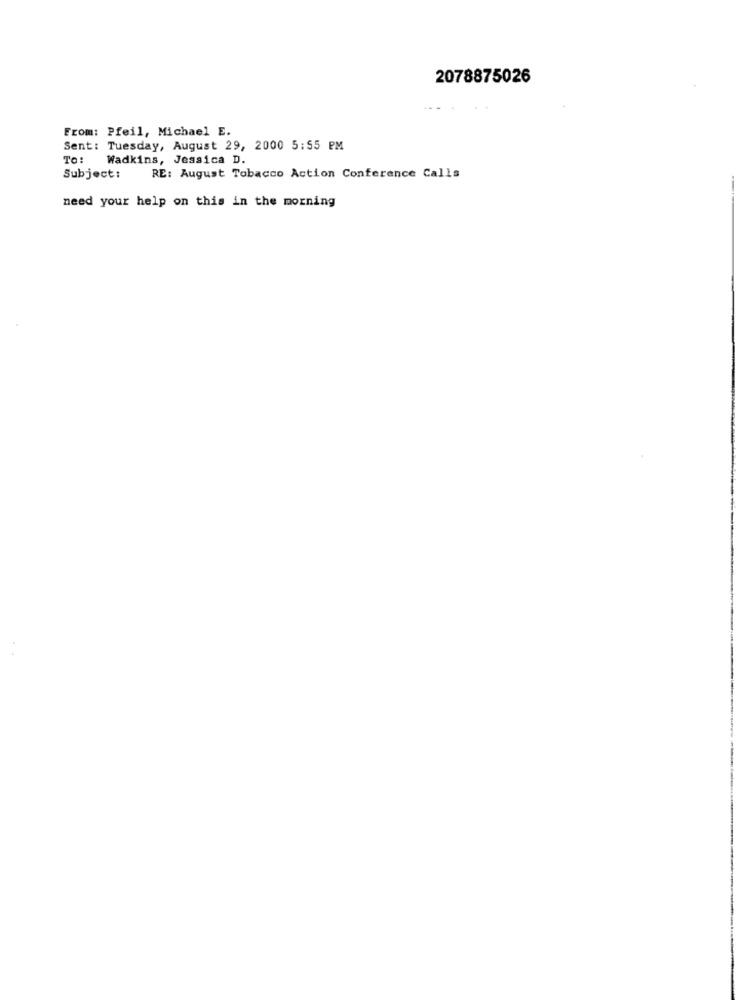
2078875026
From: Pfeil, Michael E.
Sent: Tuesday, August 29, 2000 5:55 PM
To:
Wadkins, Jessica D.
Subject:
RE: August Tobacco Action Conference Calls
need your help on this in the morning